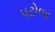
પટોળા